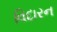
વિદારન